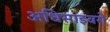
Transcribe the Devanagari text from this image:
अधिसाइवरों